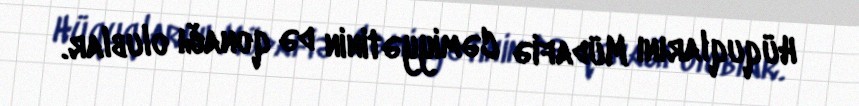
Hüquqlarını Müdafiə Cəmiyyətinin də qonağı olublar.